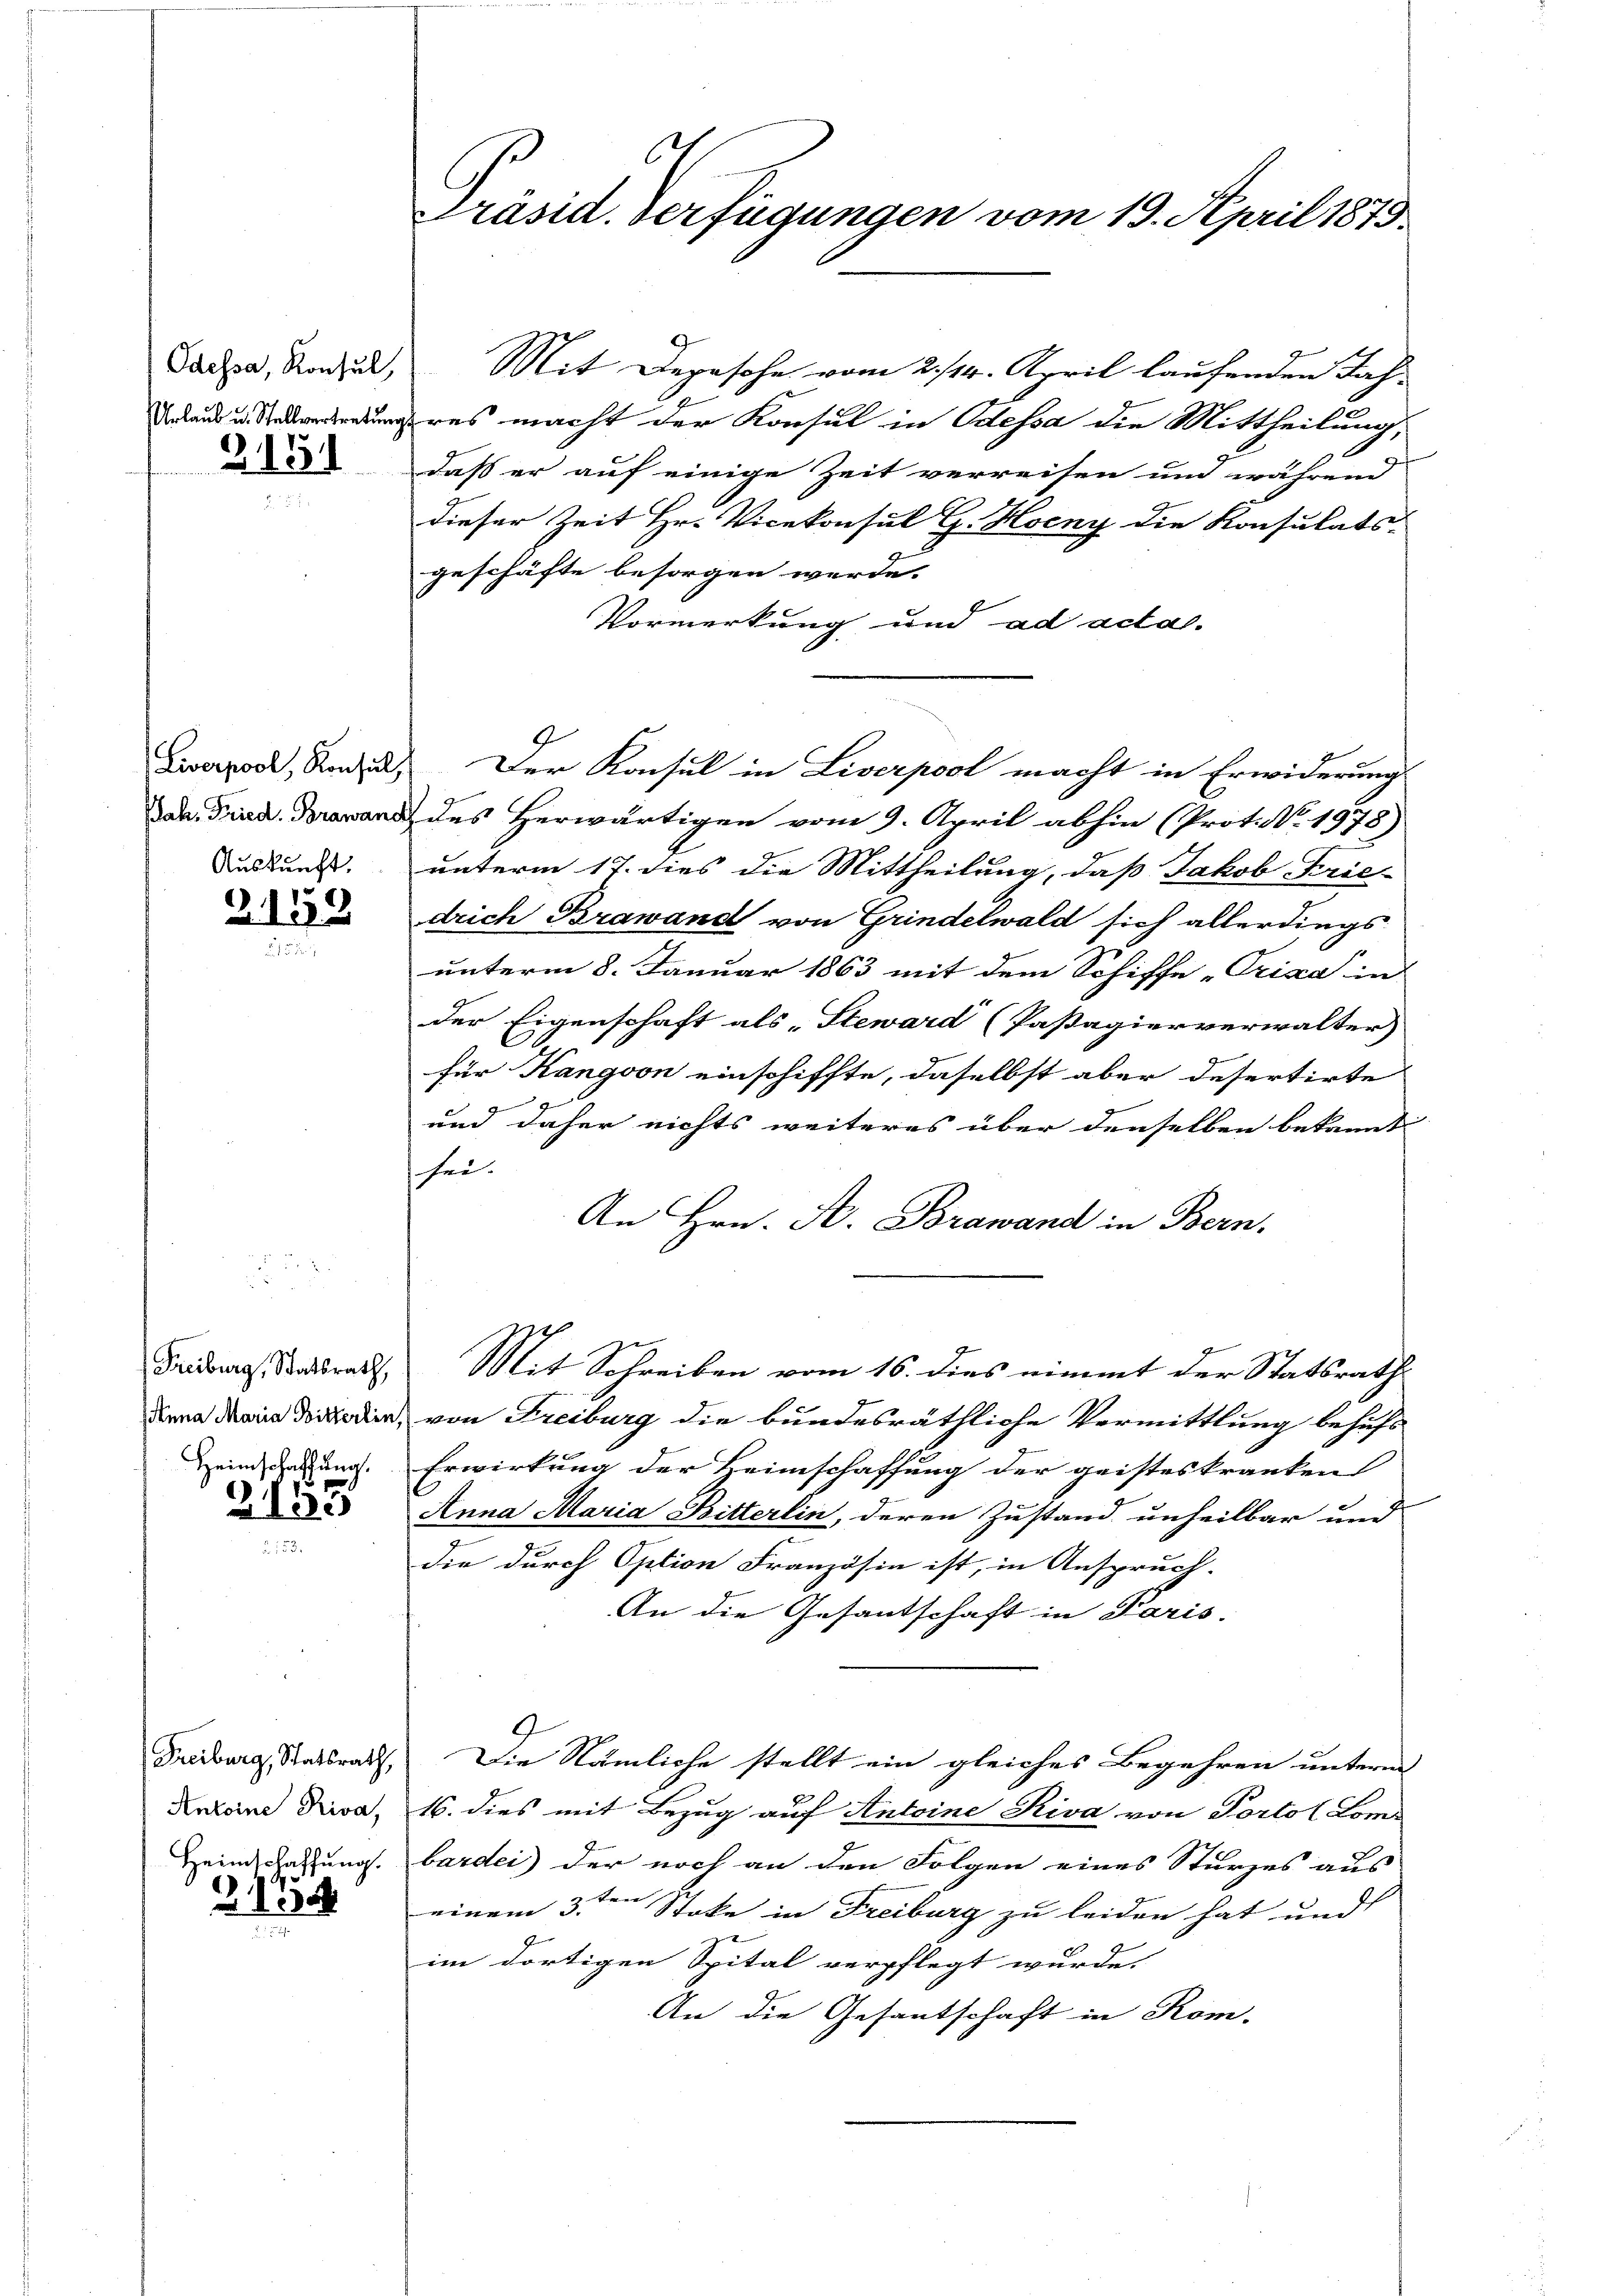
Odessa, Konsul,
Urlaub u. Stellvertretung.
2151

Auskunft.
2152

Freiburg, Statsrath,
Anna Maria Bitterlin,

213.

Freiburg, Statsrath,
Antoine Riva,
Heimschaffung.

2134

Präsid. Verfügungen vom 19. April 1873

Mit Depesche vom 2./14. April laufenden Nach-
res macht der Konsul in Odessa die Mittheilung,
daß er auf einige Zeit verreisen und während
dieser Zeit Hr. Vicekonsul G. Hoeny die Konsulats-
geschäfte besorgen werde. |
Vormerkung und ad acta.
9
Liveros, And. Der Konsul in Liverpool macht in Erwiderung
da Pind. an des Herwärtigen vom 9. April abhin (Prot. No. 1978)
unterm 17. dies die Mittheilung, daß Jakob Frie-
drich Brawand von Grindelwald sich allerdings
unterm 8. Januar 1863 mit dem Schiffe „Prixa in
der Eigenschaft als „Steward (Passagierverwalter
für Kangoon einschiffte, daselbst aber desertirte
und daher nichts weiteres über denselben bekannt
hei.
An Hrn. A. Borawand in Bern.
Mit Schreiben vom 16. dies nimmt der Statsrath
von Freiburg die bundesräthliche Vermittlung behufs
Heinerung. Erwirkung der Heimschaffung der geisteskranken |
Anna Maria Bitterlin, deren Zustand unheilbar und
die durch Option Französin ist, in Anspruch-
An die Gesantschaft in Paris.
Die Nämliche stellt ein gleiches Begehren unterm
16. dies mit Bezug auf Antoine Riva von Portol Loms
bardei) der noch an den Folgen eines Sturzes aus
einem 3ten Sticke in Freiburg zu leiden hat und
im dortigen Spital verpflegt wurde.
An die Gesantschaft in Kom-